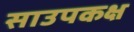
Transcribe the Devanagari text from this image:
साउपकक्ष